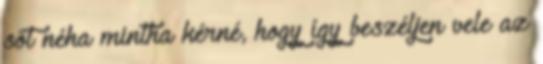
sőt néha mintha kérné, hogy így beszéljen vele az